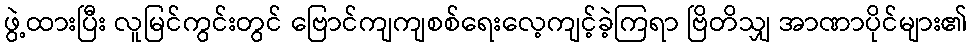
ဖွဲ့ထားပြီး လူမြင်ကွင်းတွင် ဗြောင်ကျကျစစ်ရေးလေ့ကျင့်ခဲ့ကြရာ ဗြိတိသျှ အာဏာပိုင်များ၏